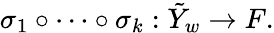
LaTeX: \sigma_{1}\circ\cdots\circ\sigma_{k}:\tilde{Y}_{w}\rightarrow F.